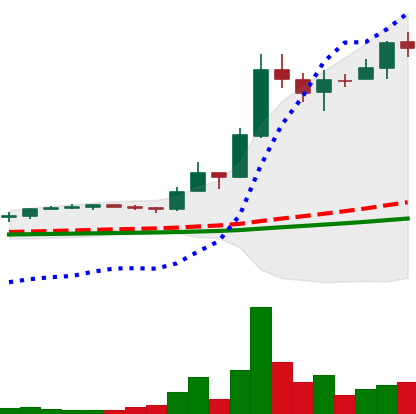
Ticker: LTC-USD
Chart end date: 2017-12-19
Forward return: -21.205%
Label: down_7plus